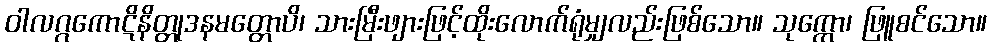
ဝါလဂ္ဂကောဋိနိတ္တုဒနမတ္တောပိ၊ သားမြီးဖျားဖြင့်ထိုးလောက်ရုံမျှလည်းဖြစ်သော။ သုက္ကော၊ ဖြူစင်သော။